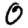
Digit: 0